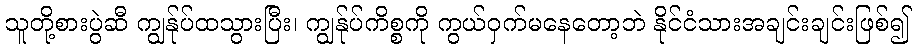
သူတို့စားပွဲဆီ ကျွန်ုပ်ထသွားပြီး၊ ကျွန်ုပ်ကိစ္စကို ကွယ်ဝှက်မနေတော့ဘဲ နိုင်ငံသားအချင်းချင်းဖြစ်၍